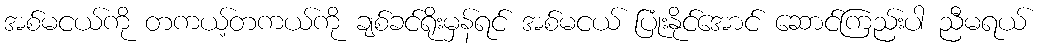
အစ်မငယ်ကို တကယ့်တကယ်ကို ချစ်ခင်ရိုးမှန်ရင် အစ်မငယ် ပြုံးနိုင်အောင် ဆောင်ကြည်းပါ ညီမရယ်